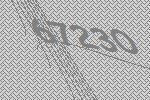
67230